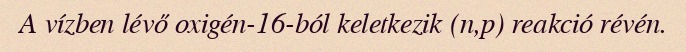
A vízben lévő oxigén-16-ból keletkezik (n,p) reakció révén.